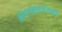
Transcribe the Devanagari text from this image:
अंतःसाधनात्मक